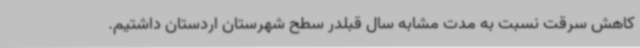
کاهش سرقت نسبت به مدت مشابه سال قبلدر سطح شهرستان اردستان داشتیم.